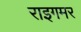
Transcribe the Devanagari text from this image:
राइगमर